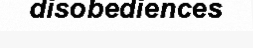
disobediences